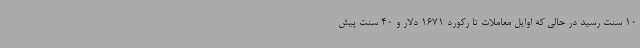
10 سنت رسید در حالی که اوایل معاملات تا رکورد 1671 دلار و 40 سنت پیش